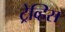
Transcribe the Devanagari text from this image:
ट्रेव्हिस